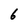
Character: 6